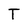
Character: T